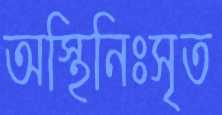
অস্থিনিঃসৃত